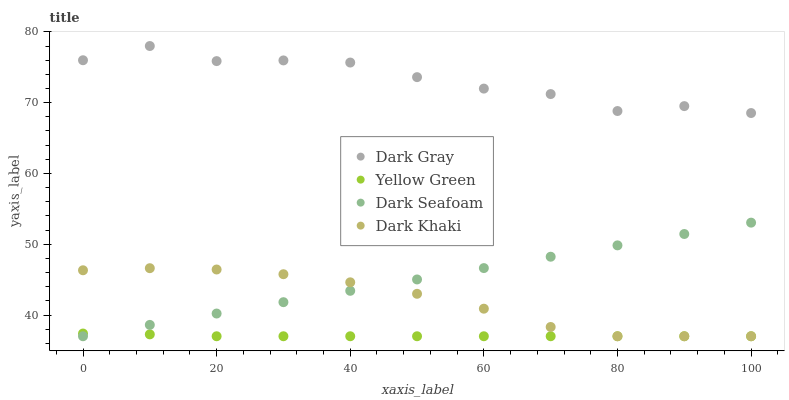
| xaxis_label | Dark Gray | Yellow Green | Dark Seafoam | Dark Khaki |
 | --- | --- | --- | --- | --- |
 | 0 | 76 | 37.4 | 37 | 46.3 |
 | 10 | 78 | 37.3 | 38.6 | 46.6 |
 | 20 | 75.9 | 37 | 40.2 | 46.4 |
 | 30 | 76 | 37 | 41.8 | 45.8 |
 | 40 | 75.7 | 37 | 43.4 | 44.6 |
 | 50 | 73.6 | 37 | 45 | 43 |
 | 60 | 72 | 37 | 46.6 | 40.9 |
 | 70 | 71.2 | 37 | 48.2 | 38.3 |
 | 80 | 68.8 | 37 | 49.8 | 37 |
 | 90 | 69.5 | 37 | 51.4 | 37 |
 | 100 | 68.5 | 37 | 53 | 37 |